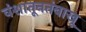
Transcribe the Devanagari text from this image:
वंशातूनतंबाखू